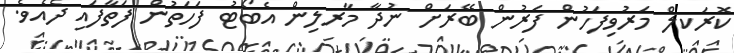
ކޮރަކލް މަރުވިފަހުން ފަރުން ބޭރަށް ނުދާ މާރލިން އެބޯޓު ފަހަތުން ފަތާފައި ދެއެވެ.